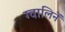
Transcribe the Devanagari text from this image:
ग्वालिनें